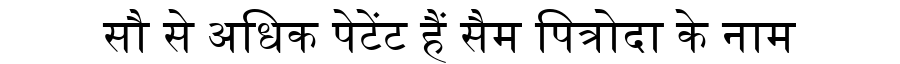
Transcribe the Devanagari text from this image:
सौ से अधिक पेटेंट हैं सैम पित्रोदा के नाम